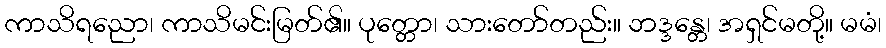
ကာသိရညော၊ ကာသိမင်းမြတ်၏။ ပုတ္တော၊ သားတော်တည်း။ ဘဒ္ဒန္တေ၊ အရှင်မတို့။ မမံ၊